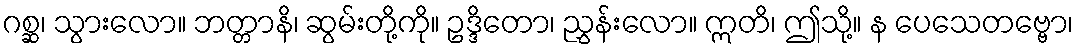
ဂစ္ဆ၊ သွားလော။ ဘတ္တာနိ၊ ဆွမ်းတို့ကို။ ဥဒ္ဒိတော၊ ညွှန်းလော။ ဣတိ၊ ဤသို့။ န ပေသေတဗ္ဗော၊